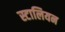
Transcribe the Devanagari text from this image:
स्टालियन